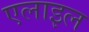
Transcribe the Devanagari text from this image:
एलाइल